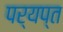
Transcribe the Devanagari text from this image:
पर्यप्त